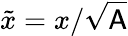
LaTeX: \tilde{x}=x/\sqrt{\mathsf{A}}